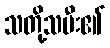
သတို့သမီး၏